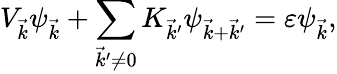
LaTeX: V_{\vec{k}}\psi_{\vec{k}}+\sum_{\vec{k}^{\prime}\neq 0}K_{\vec{k}^{\prime}}\psi_{\vec{k}+\vec{k}^{\prime}}=\varepsilon\psi_{\vec{k}},